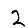
Digit: 2